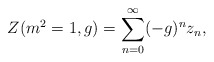
\begin{align*}Z(m^{2}=1,g)=\sum_{n=0}^{\infty}(-g)^{n}z_{n},\end{align*}